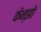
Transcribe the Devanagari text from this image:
केन्झो